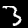
Label: 3